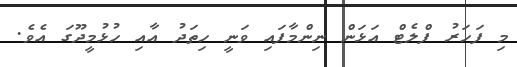
މި ފަހަރު ފްލެޓް އަޅަން ނިންމާފައި ވަނީ ހިތަދު އާއި ހުޅުމީދޫގަ އެވެ.